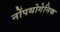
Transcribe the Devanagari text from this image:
नोंपथोगेनिक